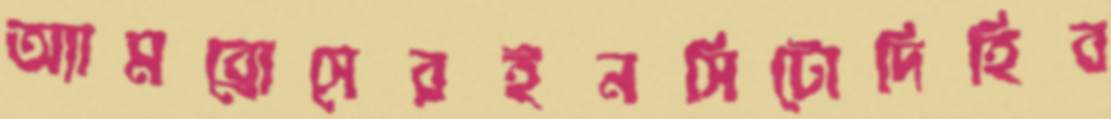
অ্যামব্রোসেরইনসিটোদিহিব